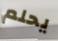
يحلم